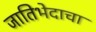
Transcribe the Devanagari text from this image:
जातिभेदाचा